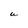
Character: a